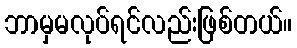
ဘာမှမလုပ်ရင်လည်းဖြစ်တယ်။